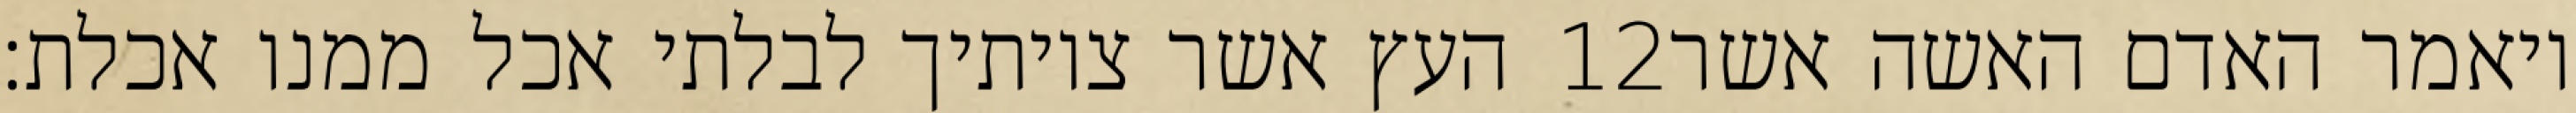
העץ אשר צויתיך לבלתי אכל ממנו אכלת׃ ‎12‏ ויאמר האדם האשה אשר